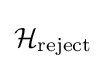
{\mathcal {H}}_{\text{reject}}